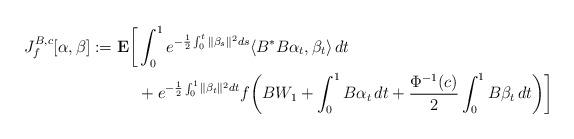
LaTeX: \begin{align*}J_f^{B,c}[\alpha,\beta] :=\mathbf{E}\bigg[&\int_0^1 e^{-\frac{1}{2}\int_0^t\|\beta_s\|^2ds}\langle B^*B\alpha_t,\beta_t\rangle\,dt \\&+e^{-\frac{1}{2}\int_0^1\|\beta_t\|^2dt}f\bigg(BW_1 + \int_0^1 B\alpha_t\,dt +\frac{\Phi^{-1}(c)}{2}\int_0^1 B\beta_t\,dt\bigg)\bigg]\end{align*}